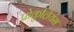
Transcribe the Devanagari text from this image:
प्रोकुलियंस